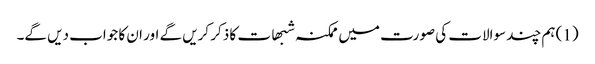
(1) ہم چند سوالات کی صورت میں ممکنہ شبھات کا ذکر کریں گے اور ان کا جواب دیں گے۔